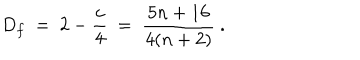
D _ { f } ~ = ~ 2 - { \frac { c } { 4 } } ~ = ~ { \frac { 5 n + 1 6 } { 4 ( n + 2 ) } } \ .